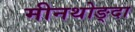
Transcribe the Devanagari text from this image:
मीनथोङ्दा